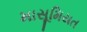
માસૂમિયત